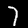
Label: 7